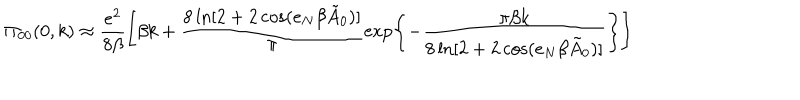
LaTeX: \Pi _ { 0 0 } ( 0 , k ) \approx \frac { e ^ { 2 } } { 8 \beta } \left[ \beta k + \frac { 8 \ln [ 2 + 2 \cos ( e _ { N } \beta \tilde { A } _ { 0 } ) ] } { \pi } \exp \left\{ { - \frac { \pi \beta k } { 8 \ln [ 2 + 2 \cos ( e _ { N } \beta \tilde { A } _ { 0 } ) ] } } \right\} \right]